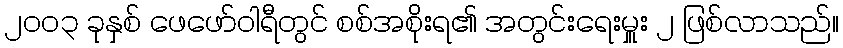
၂၀၀၃ ခုနှစ် ဖေဖော်ဝါရီတွင် စစ်အစိုးရ၏ အတွင်းရေးမှူး ၂ ဖြစ်လာသည်။